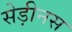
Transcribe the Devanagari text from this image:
सेड़ीनस